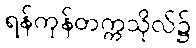
ရန်ကုန်တက္ကသိုလ်၌